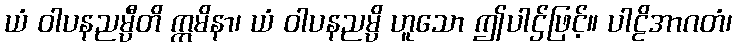
ယံ ဝါပနညမ္ပီတိ ဣမိနာ၊ ယံ ဝါပနညမ္ပိ ဟူသော ဤပါဌ်ဖြင့်။ ပါဠိအာဂတံ၊